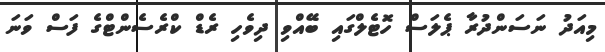
މިއަދު ނަސަންދުރާ ޕެލަސް ހޮޓެލްގައި ބޭއްވި ދިވެހި ރެޑް ކްރެސެންޓްގެ ފަސް ވަނަ